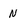
Character: N